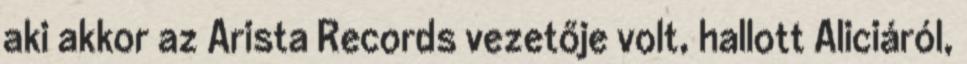
aki akkor az Arista Records vezetője volt, hallott Aliciáról,